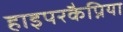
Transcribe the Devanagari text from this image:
हाइपरकैप्निया